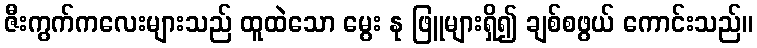
ဇီးကွက်ကလေးများသည် ထူထဲသော မွေး နု ဖြူများရှိ၍ ချစ်စဖွယ် ကောင်းသည်။